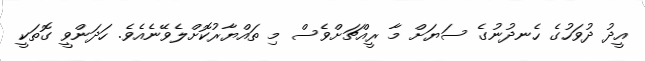
އީދު ދުވަހުގެ ހެނދުނުގެ ސަޔަށް މާ ރީއްޗަށްވެސް މި ތައްޔާރުކޮށްލެވޭނެއެވެ. ހަދަންވީ ގޮތަކީ